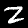
Label: 2